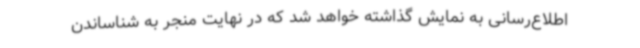
اطلاع‌رسانی به نمایش گذاشته خواهد شد که در نهایت منجر به شناساندن